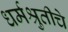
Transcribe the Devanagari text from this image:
धर्मश्रुतीचे